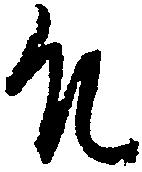
殿